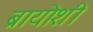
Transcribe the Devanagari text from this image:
ब्रायोशी